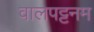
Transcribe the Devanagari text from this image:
वालपट्टनम